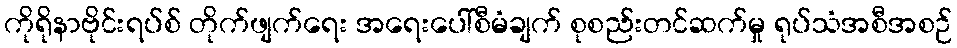
ကိုရိုနာဗိုင်းရပ်စ် တိုက်ဖျက်ရေး အရေးပေါ်စီမံချက် စုစည်းတင်ဆက်မှု ရုပ်သံအစီအစဉ်